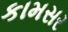
કામસર